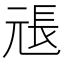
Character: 𭀫